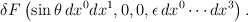
\begin{align*}\delta F\left( \sin\theta\, dx^{0}dx^{1},0,0,\epsilon\,dx^{0}\cdots dx^{3}\right) . \end{align*}